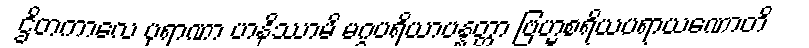
ဌိတကာလေ ပုရာဏာ ဟနိဿာမိ မဂ္ဂပရိယာပန္နတ္တာ ဗြဟ္မစရိယပရာယဏောတိ